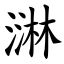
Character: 㵉